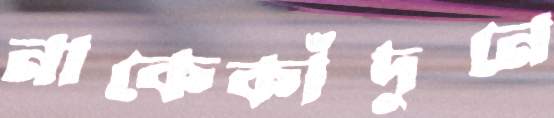
নাকেকাঁদুনে